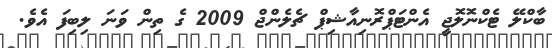
ބާކްލޭ ޓެކްނޮލޮޖީ އެންޓަޕްރޮނިއާޝިޕް ޗެލެންޖް 2009 ގެ ތިން ވަނަ ލިބިފަ އެވެ.